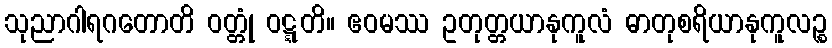
သုညာဂါရဂတောတိ ဝတ္တုံ ဝဋ္ဋတိ။ ဧဝမဿ ဥတုတ္တယာနုကူလံ ဓာတုစရိယာနုကူလဉ္စ